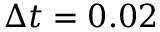
\Delta t = 0 . 0 2